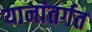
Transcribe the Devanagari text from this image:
यानांतर्गत